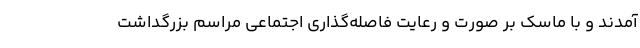
آمدند و با ماسک بر صورت و رعایت فاصله‌گذاری اجتماعی مراسم بزرگداشت